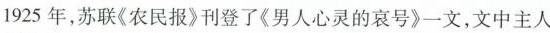
1925年，苏联《农民报》刊登了《男人心灵的哀号》一文，文中主人